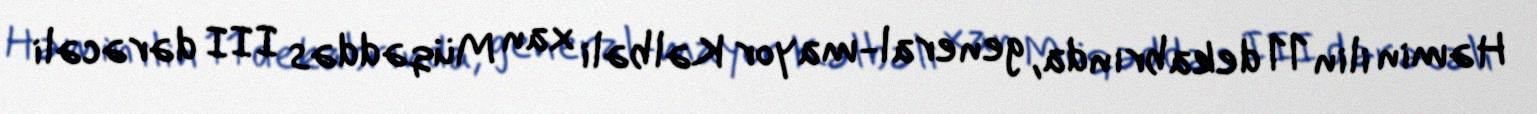
Həmin ilin 11 dekabrında, general-mayor Kəlbəli xan Müqəddəs III dərəcəli